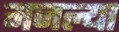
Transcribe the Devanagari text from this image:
मजल्या